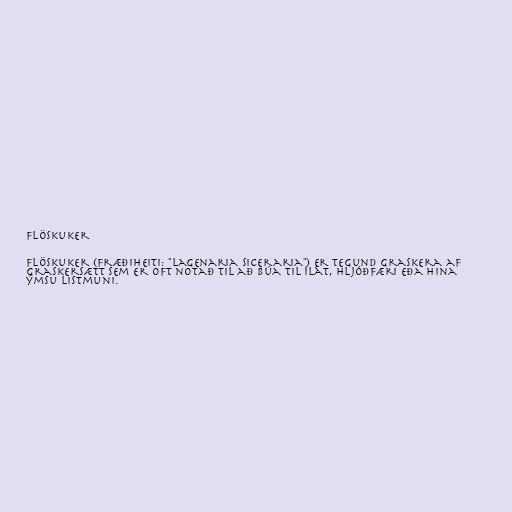
Flöskuker

Flöskuker (fræðiheiti: "Lagenaria siceraria") er tegund graskera af
graskersætt sem er oft notað til að búa til ílát, hljóðfæri eða hina
ýmsu listmuni.